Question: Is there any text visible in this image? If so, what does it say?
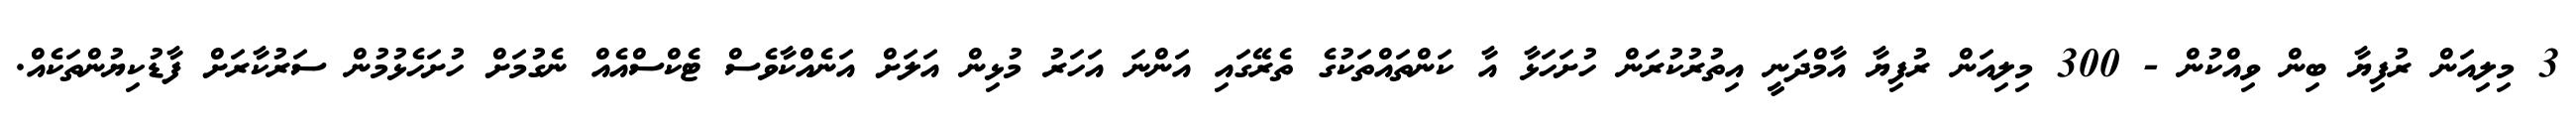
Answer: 3 މިލިއަން ރުފިޔާ ބިން ވިއްކުން - 300 މިލިއަން ރުފިޔާ އާމްދަނީ އިތުރުކުރަން ހުށަހަޅާ އާ ކަންތައްތަކުގެ ތެރޭގައި އަންނަ އަހަރު މުޅިން އަލަށް އަނެއްކާވެސް ޓެކްސްއެއް ނެގުމަށް ހުށަހެޅުމުން ސަރުކާރަށް ފާޑުކިޔުންތަކެއް.